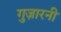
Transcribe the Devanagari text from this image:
गुज़ारनी